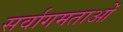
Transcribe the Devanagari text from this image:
सर्वागमताओं